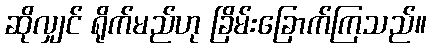
ဆိုလျှင် ရိုက်မည်ဟု ခြိမ်းခြောက်ကြသည်။